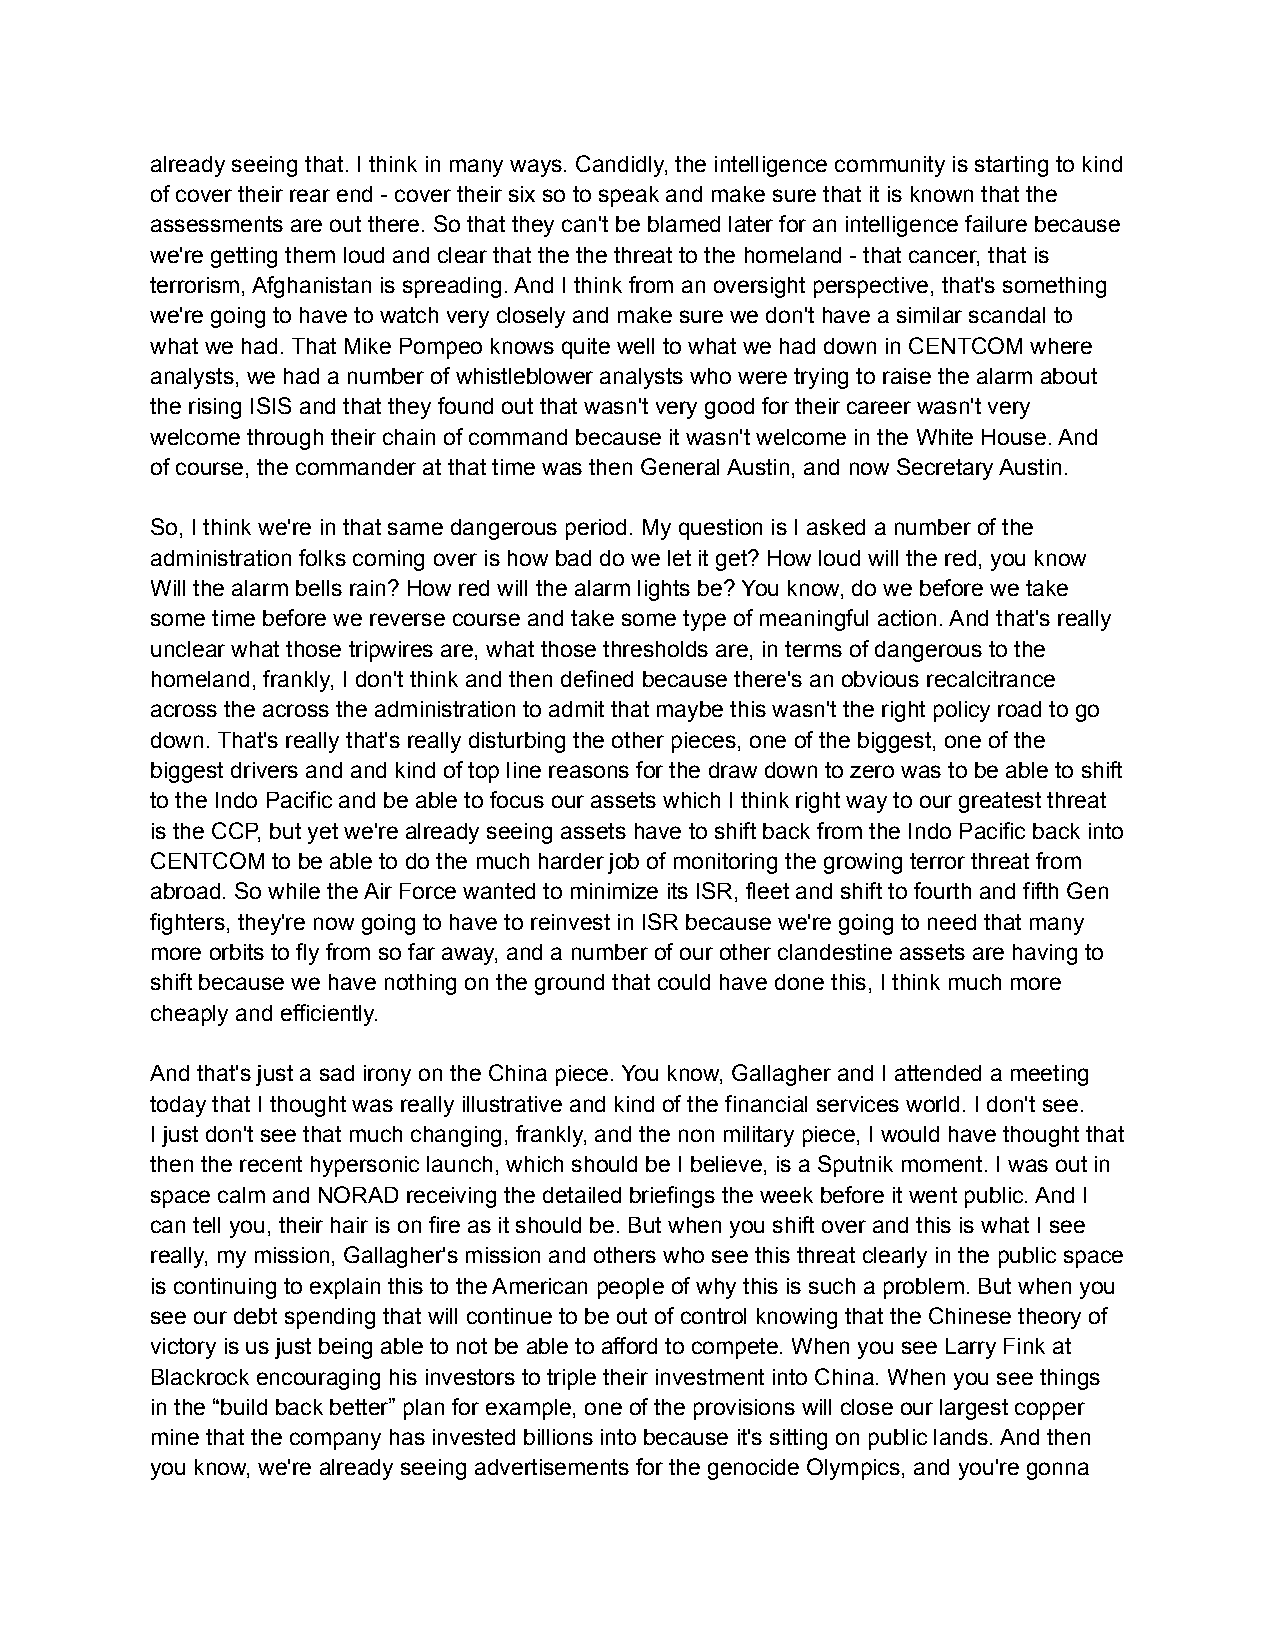
already seeing that. I think in many ways. Candidly, the intelligence community is starting to kind
 of cover their rear end - cover their six so to speak and make sure that it is known that the
 assessments are out there. So that they can't be blamed later for an intelligence failure because
 we're getting them loud and clear that the the threat to the homeland - that cancer, that is
 terrorism, Afghanistan is spreading. And I think from an oversight perspective, that's something
 we're going to have to watch very closely and make sure we don't have a similar scandal to
 what we had. That Mike Pompeo knows quite well to what we had down in CENTCOM where
 analysts, we had a number of whistleblower analysts who were trying to raise the alarm about
 the rising ISIS and that they found out that wasn't very good for their career wasn't very
 welcome through their chain of command because it wasn't welcome in the White House. And
 of course, the commander at that time was then General Austin, and now Secretary Austin.
 So, I think we're in that same dangerous period. My question is I asked a number of the
 administration folks coming over is how bad do we let it get? How loud will the red, you know
 Will the alarm bells rain? How red will the alarm lights be? You know, do we before we take
 some time before we reverse course and take some type of meaningful action. And that's really
 unclear what those tripwires are, what those thresholds are, in terms of dangerous to the
 homeland, frankly, I don't think and then defined because there's an obvious recalcitrance
 across the across the administration to admit that maybe this wasn't the right policy road to go
 down. That's really that's really disturbing the other pieces, one of the biggest, one of the
 biggest drivers and and kind of top line reasons for the draw down to zero was to be able to shift
 to the Indo Pacific and be able to focus our assets which I think right way to our greatest threat
 is the CCP, but yet we're already seeing assets have to shift back from the Indo Pacific back into
 CENTCOM to be able to do the much harder job of monitoring the growing terror threat from
 abroad. So while the Air Force wanted to minimize its ISR, fleet and shift to fourth and fifth Gen
 fighters, they're now going to have to reinvest in ISR because we're going to need that many
 more orbits to fly from so far away, and a number of our other clandestine assets are having to
 shift because we have nothing on the ground that could have done this, I think much more
 cheaply and efficiently.
 And that's just a sad irony on the China piece. You know, Gallagher and I attended a meeting
 today that I thought was really illustrative and kind of the financial services world. I don't see.
 I just don't see that much changing, frankly, and the non military piece, I would have thought that
 then the recent hypersonic launch, which should be I believe, is a Sputnik moment. I was out in
 space calm and NORAD receiving the detailed briefings the week before it went public. And I
 can tell you, their hair is on fire as it should be. But when you shift over and this is what I see
 really, my mission, Gallagher's mission and others who see this threat clearly in the public space
 is continuing to explain this to the American people of why this is such a problem. But when you
 see our debt spending that will continue to be out of control knowing that the Chinese theory of
 victory is us just being able to not be able to afford to compete. When you see Larry Fink at
 Blackrock encouraging his investors to triple their investment into China. When you see things
 in the “build back better” plan for example, one of the provisions will close our largest copper
 mine that the company has invested billions into because it's sitting on public lands. And then
 you know, we're already seeing advertisements for the genocide Olympics, and you're gonna